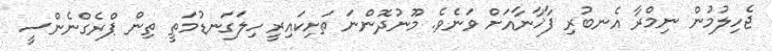
ޖެހިލުމުން ނިމްރާ އެނބުރި ފާޚާނާއަށް ވަނެވެ. މޫނުދޮންނަ ތަށިކައިރީ ހިލަގަނޑުމަތީ ތިން ޕްރެގްނެންސީ